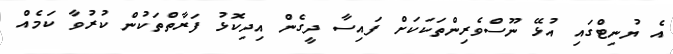
އެ ޔުނިޓްގައި އުޅޭ ނޫސްވެރިންތަކަކަށް ފައިސާ ދީގެން އިދިކޮޅު ފަރާތްތަކުން ކުރުވާ ކަމެއް